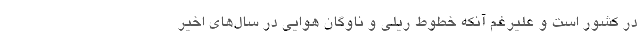
در کشور است و علیرغم آنکه خطوط ریلی و ناوگان هوایی در سال‌های اخیر